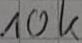
Text: 10k